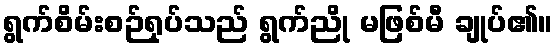
ရွက်စိမ်းစဉ်ရုပ်သည် ရွက်ညို မဖြစ်မီ ချုပ်၏။